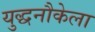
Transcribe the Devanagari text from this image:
युद्धनौकेला